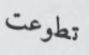
تطوعت